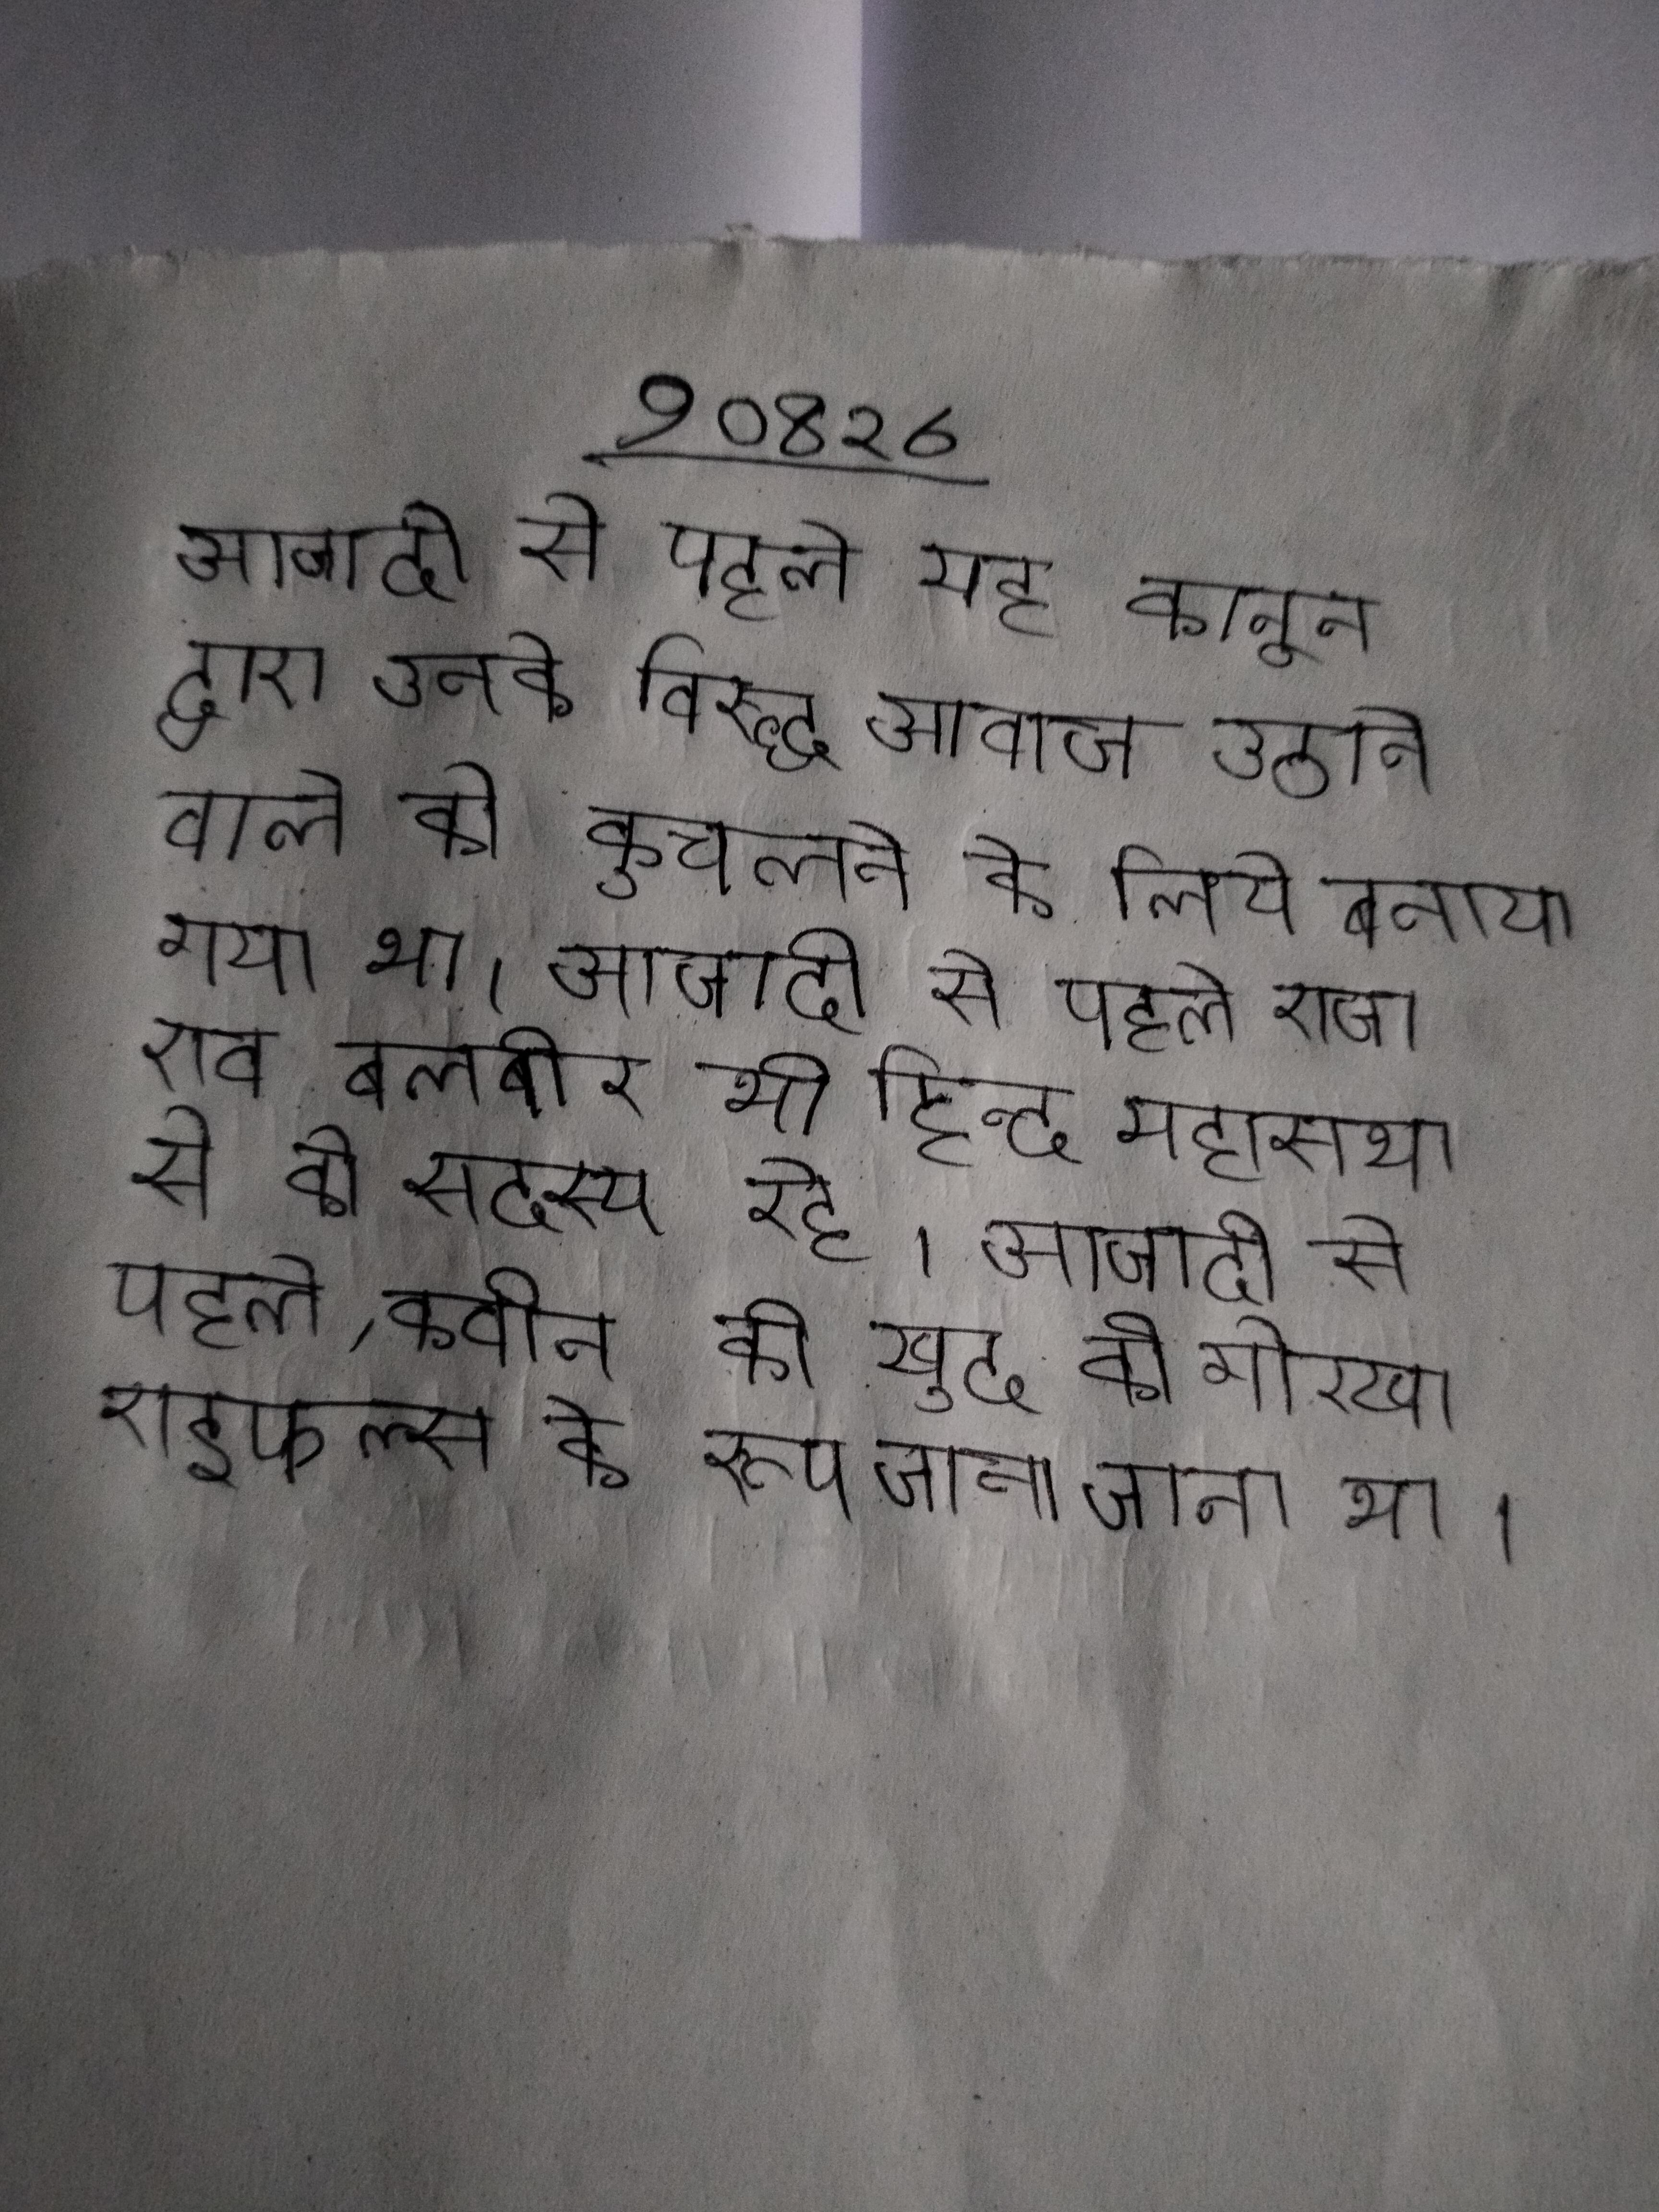
आजादी से पहले यह कानून द्वारा उनके विरुद्ध आवाज उठाने वाले को कुचलने के लिये बनाया गया था । आजादी से पहले राजा राव बलबीर भी हिन्दु महासभा से के सदस्य रहे । आजादी से पहले, क्वीन की खुद की गोरखा राइफल्स के रूप जाना जाता था ।